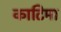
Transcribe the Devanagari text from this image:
काटिमा